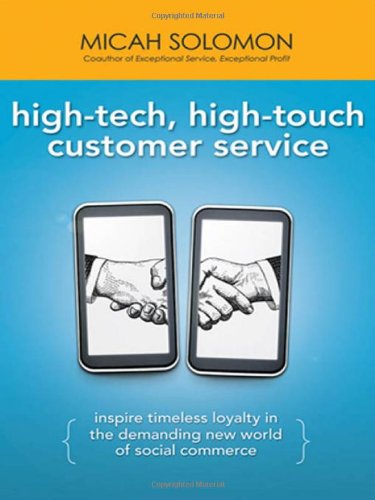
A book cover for High-Tech, High-Touch Customer Service: Inspire Timeless Loyalty in the Demanding New World of Social Commerce; Micah Solomon; Computers & Technology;